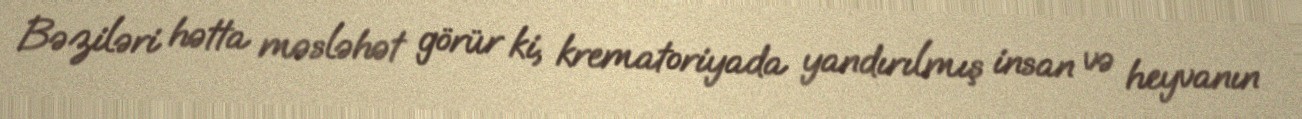
Bəziləri hətta məsləhət görür ki, krematoriyada yandırılmış insan və heyvanın